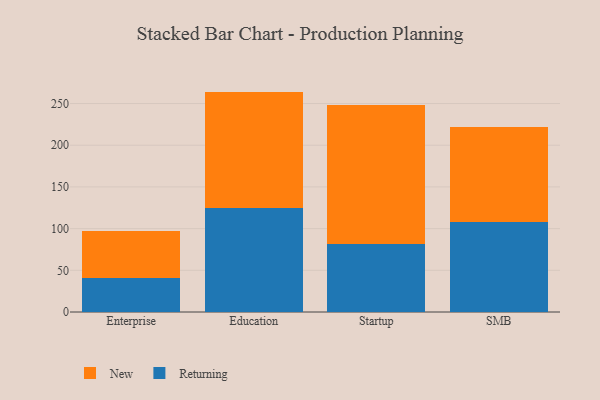
{"axis": {"x": "Segment", "y": "Active Users"}, "legend": ["New", "Returning"], "data": [{"x": "Enterprise", "y": 40.7, "type": "Returning"}, {"x": "Enterprise", "y": 56.2, "type": "New"}, {"x": "Education", "y": 124.2, "type": "Returning"}, {"x": "Education", "y": 140.1, "type": "New"}, {"x": "Startup", "y": 81.1, "type": "Returning"}, {"x": "Startup", "y": 166.8, "type": "New"}, {"x": "SMB", "y": 107.8, "type": "Returning"}, {"x": "SMB", "y": 114.5, "type": "New"}]}